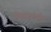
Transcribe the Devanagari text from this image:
चिताकर्षण